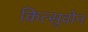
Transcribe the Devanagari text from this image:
कित्सुवोन